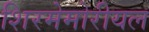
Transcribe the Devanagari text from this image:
शिरमेमोरीयल